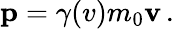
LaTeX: \mathbf{p}=\gamma(v)m_{0}\mathbf{v}\, .